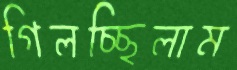
গিলচ্ছিলাম